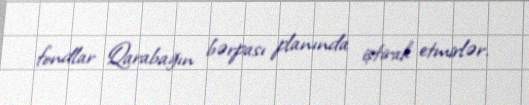
fondlar Qarabağın bərpası planında iştirak etmirlər.